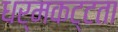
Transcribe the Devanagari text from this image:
धर्मकट्टता